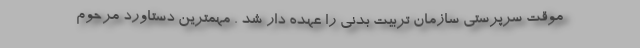
موقت سرپرستی سازمان تربیت بدنی را عهده دار شد . مهمترین دستاورد مرحوم